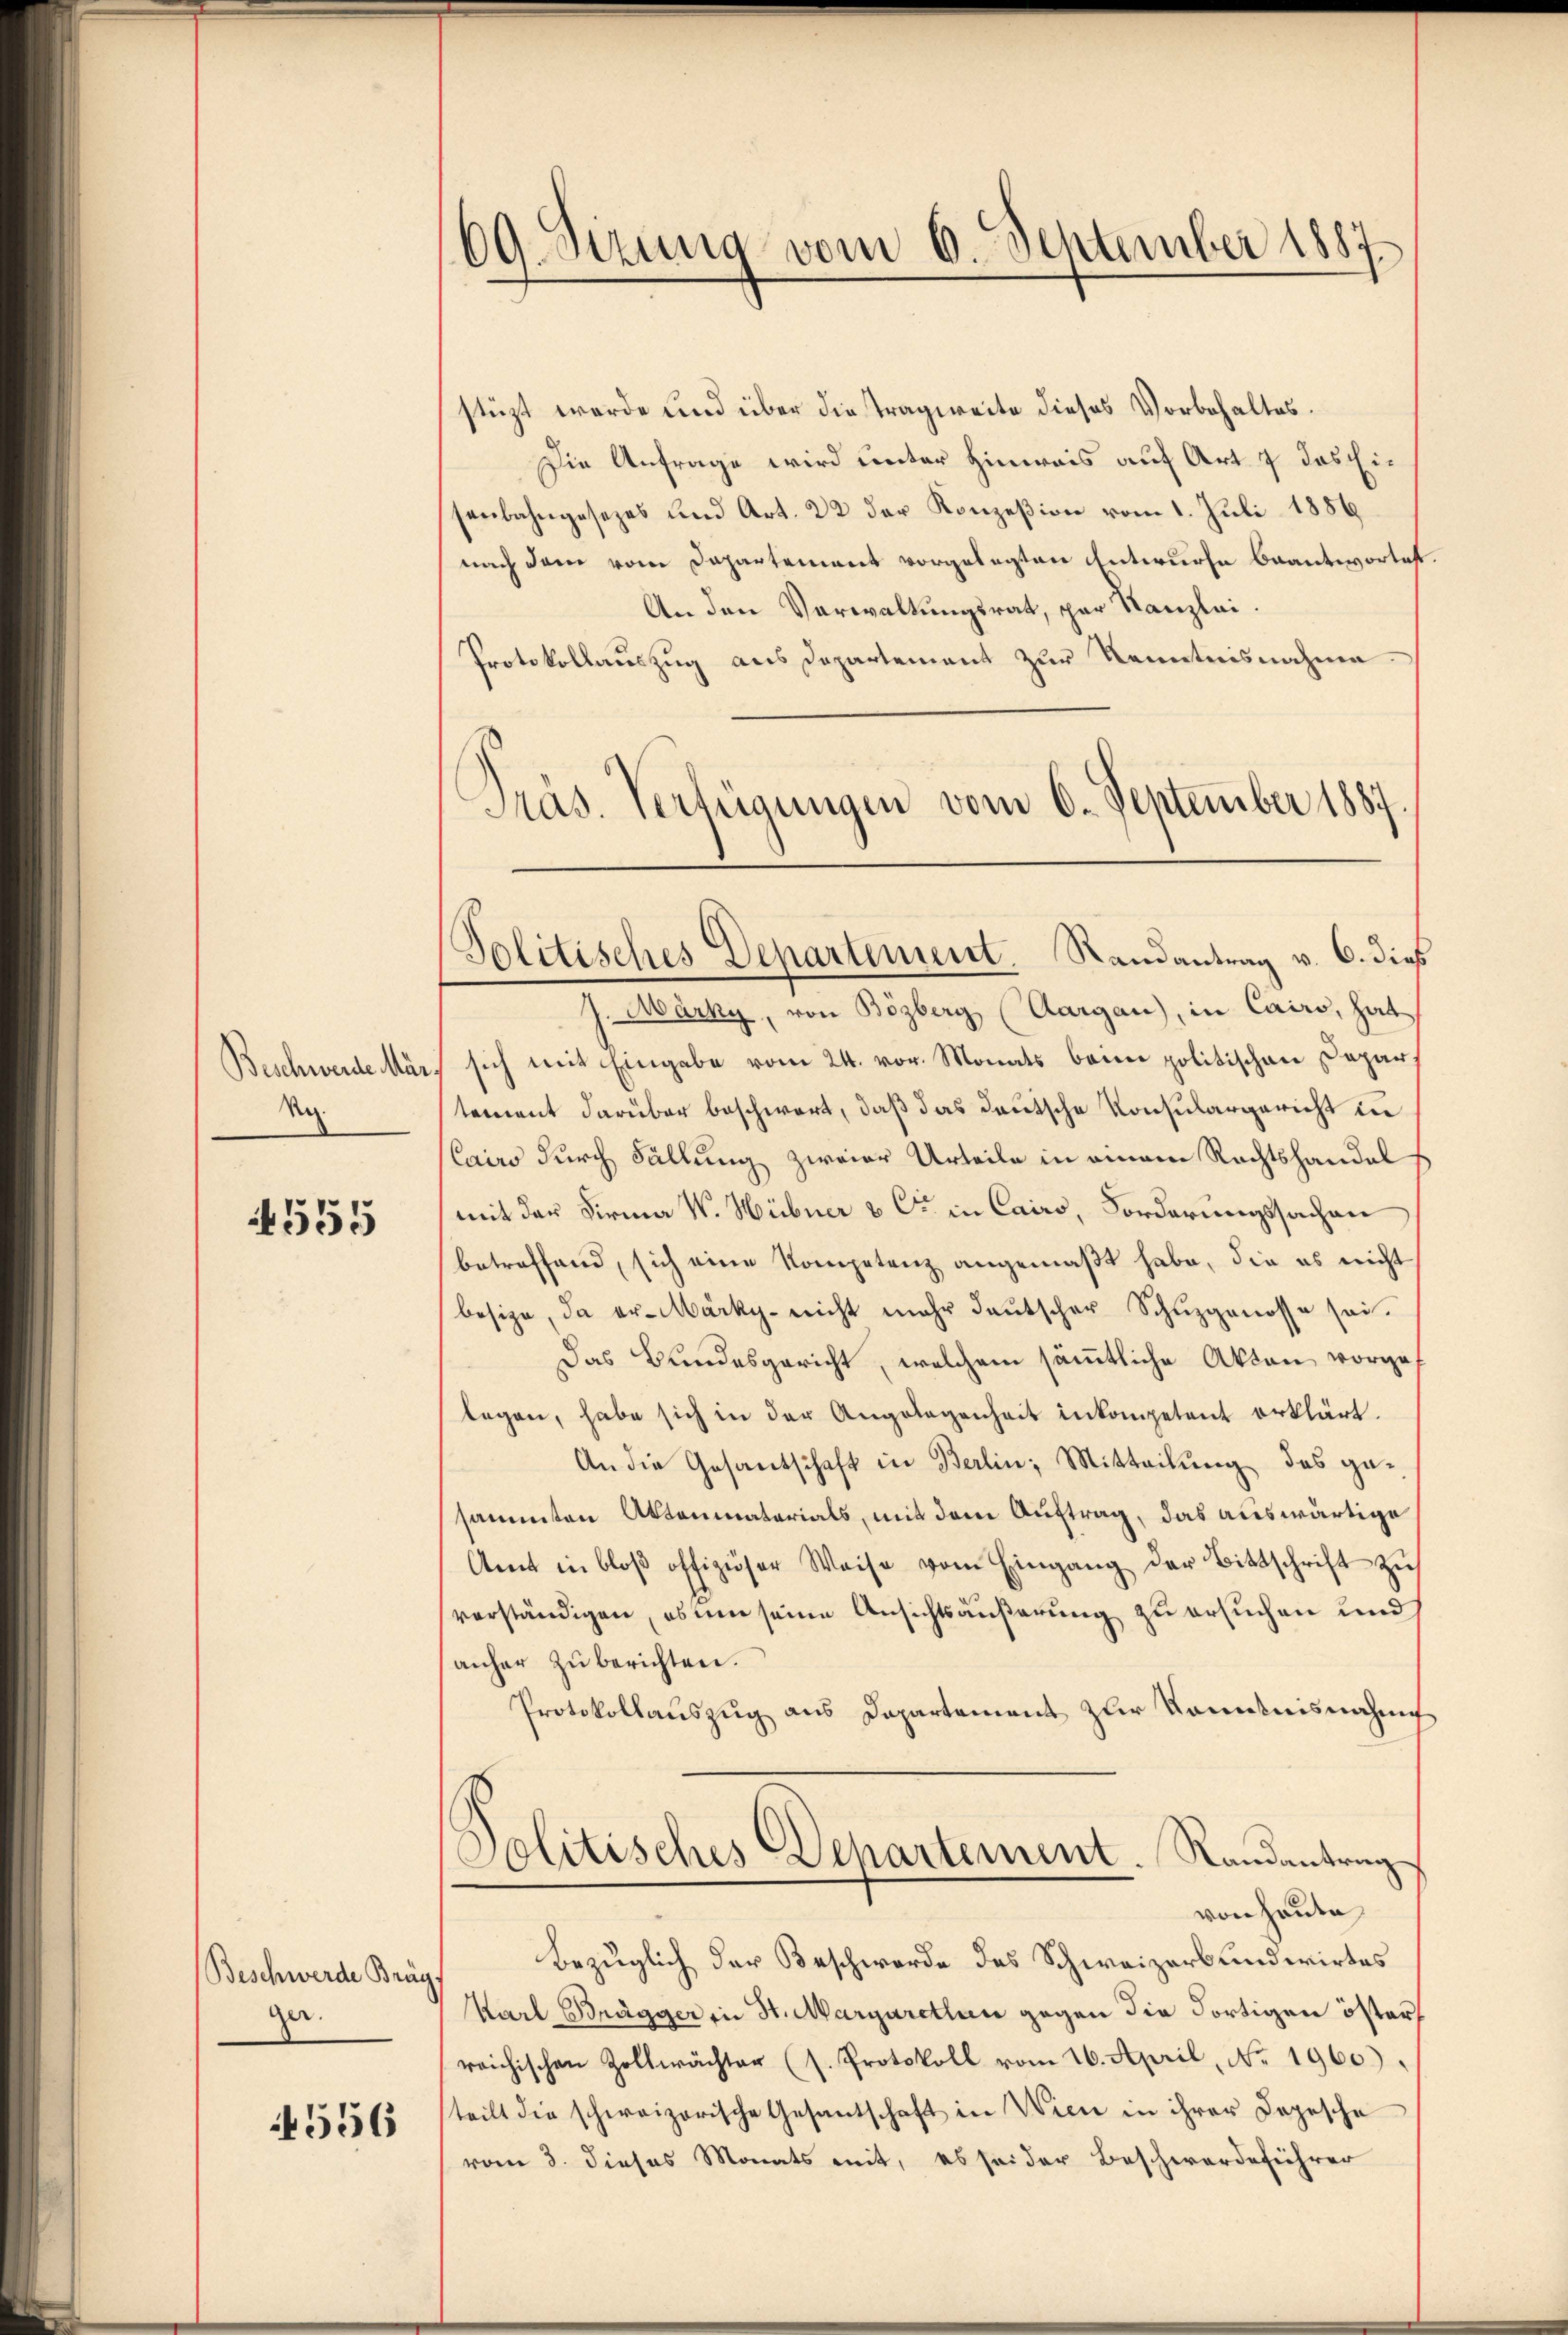
Beschwerde Mär
Ne

4555

Beschwerde Bräg,
ger.

4556

69. Sizung vom 6. September 1887.

Präs. Verfügungen vom 6. September 1887
Politisches Departement. Randantrag v. 6. dieß

stüzt werde und über die Tragweite dieses Vorbehaltes.
Die Anfrage wird unter Hinweis auf Art. 7 das Eisenbahngesezes und Art. 22 der Konzeßion vom 1. Juli 1889
nach dem vom Departement vorgelegten Entwurfe beantwortest
An den Verwaltungsrat, par Kanzlei.
Protokollauszug aus Departement zur Kenntnisnahme.
J. Märky, von Bözberg (Aargau), in Cairo, hat
sich mit Eingabe vom 24. vor. Monats beim politischen Departement darüber beschwert, daß das deutsche Konsulargericht in
Cairo durch Fällung zweier Urteile in einem Rechtshandel
mit der Firma W. Hübner & Cie in Cairo, Forderungssachen
betreffend, sich eine Kompetenz angemaßt habe, die es nicht
besize, da er-Märky- nicht mehr deutscher Schuzgenosse sei.
Das Bundesgericht, welchem sämmtliche Akten vorgef
legen, habe sich in der Angelegenheit inkompetent erklärt.
An die Gesandschaft in Berlin, Mitteilung des gesammten Aktenmaterials, mit dem Auftrag, das auswärtige
Amt in bloβ offiziöser Weise vom Eingang der Bittschrift zŭ
verständigen, es um seine Ansichtsäußerung zu ersuchen und
anher zu berichten.
Protokollauszug aus Departement zur Kenntnisnahm
Politisches Departement. Randantrag
von heute
Bezüglich der Beschwerde des Schweizerbundwirtes
Karl Brägger in St. Margarethan gegen die dortigen öster
reichischen Zollwächter (s. Protokoll vom 16. April, No. 1960).
teilt die schweizerische Gesantschaft in Wien in ihrer Depesche
vom 8. dieses Monats mit, es seider Beschwerdeführer